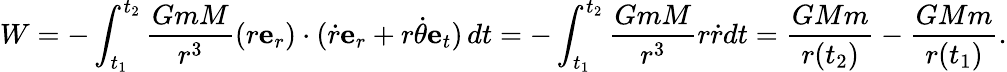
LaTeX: W=-\int_{t_{1}}^{t_{2}}{\frac{GmM}{r^{3}}}(r\mathbf{e}_{r})\cdot({\dot{r}}\mathbf{e}_{r}+r{\dot{\theta}}\mathbf{e}_{t})\, dt=-\int_{t_{1}}^{t_{2}}{\frac{GmM}{r^{3}}}r{\dot{r}}dt={\frac{GMm}{r(t_{2})}}-{\frac{GMm}{r(t_{1})}}.